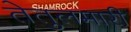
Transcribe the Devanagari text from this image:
तेतुलमारी